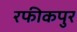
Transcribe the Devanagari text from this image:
रफीकपुर